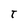
Character: t